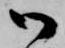
御